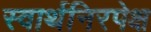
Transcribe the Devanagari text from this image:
स्वार्थनिरपेक्ष